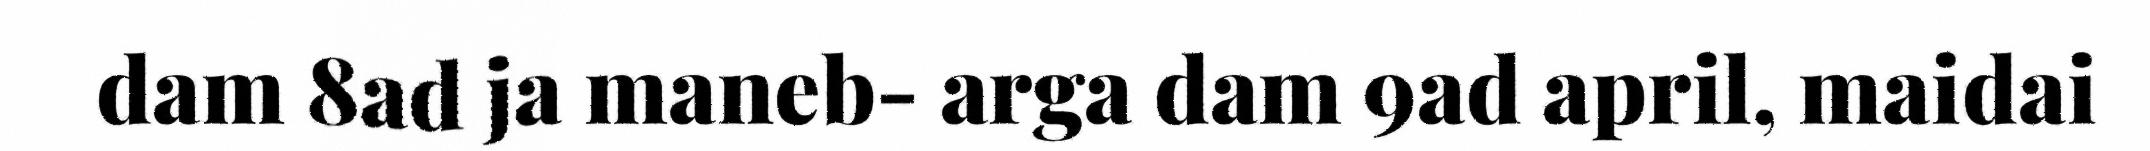
dam 8ad ja maneb- arga dam 9ad april, maidai